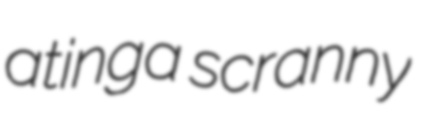
atinga scranny